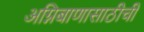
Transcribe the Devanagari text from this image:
अग्निबाणासाठीची